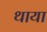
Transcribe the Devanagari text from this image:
थाया